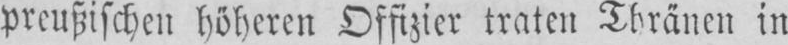
preußischen höheren Offizier traten Thränen in